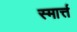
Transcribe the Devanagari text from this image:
स्मार्त्त